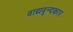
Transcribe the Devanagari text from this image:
वाद्यवृन्दकार